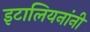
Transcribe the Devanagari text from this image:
इटालियनांनी